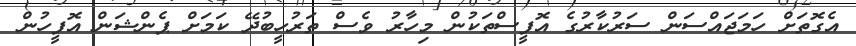
އެގޮތަށް ހަމަޖައްސަން ސަރުކާރުގެ އޮފީސްތަކުން މިހާރު ވެސް ތަރުހީބުދޭ ކަމަށް ޕެންޝަން އޮފީހުން